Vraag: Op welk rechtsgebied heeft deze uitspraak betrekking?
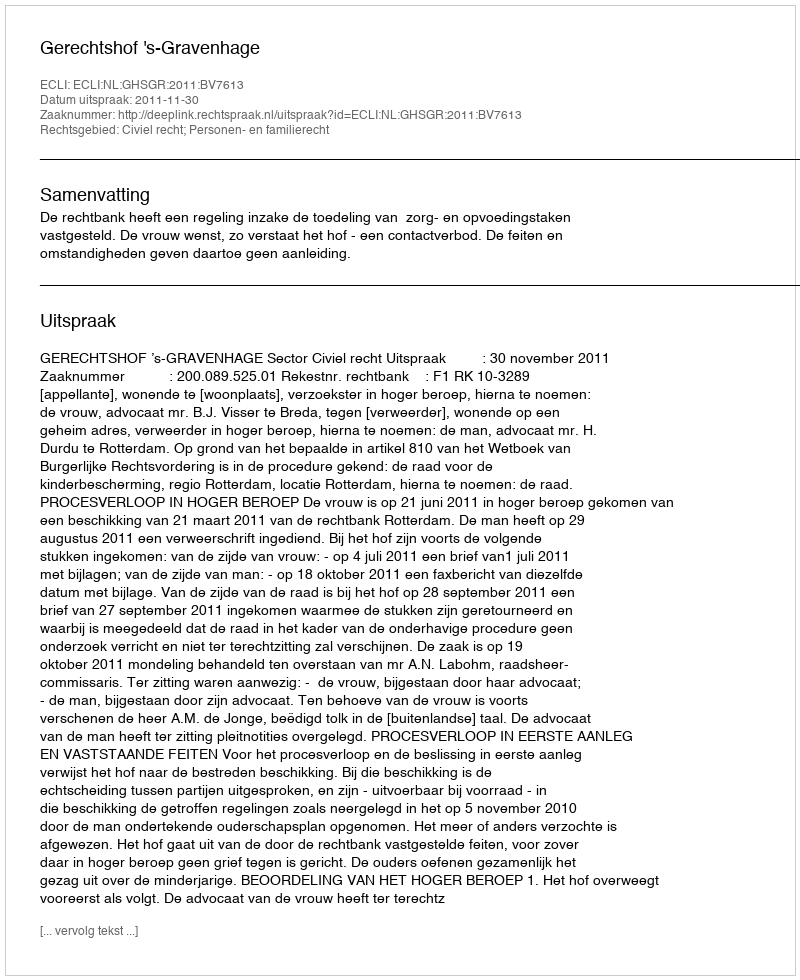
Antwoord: Civiel recht; Personen- en familierecht